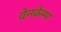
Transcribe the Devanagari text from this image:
वेनकैम्प